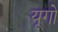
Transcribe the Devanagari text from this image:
यूगो